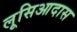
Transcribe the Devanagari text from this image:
लूसिआदास